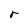
Character: r